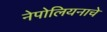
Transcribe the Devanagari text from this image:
नेपोलियनाचे